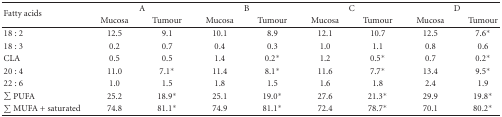
<table><thead><tr><td rowspan="2"><b>Fatty acids</b></td><td colspan="2"><b>A</b></td><td colspan="2"><b>B</b></td><td colspan="2"><b>C</b></td><td colspan="2"><b>D</b></td></tr><tr><td><b>Mucosa</b></td><td><b>Tumour</b></td><td><b>Mucosa</b></td><td><b>Tumour</b></td><td><b>Mucosa</b></td><td><b>Tumour</b></td><td><b>Mucosa</b></td><td><b>Tumour</b></td></tr></thead><tbody><tr><td>18 : 2</td><td>12.5</td><td> 9.1</td><td>10.1</td><td> 8.9</td><td>12.1</td><td> 10.7</td><td>12.5</td><td>7.6*</td></tr><tr><td>18 : 3</td><td> 0.2</td><td>0.7</td><td> 0.4</td><td> 0.3</td><td> 1.0</td><td> 1.1</td><td> 0.8</td><td>0.6</td></tr><tr><td>CLA</td><td> 0.5</td><td>0.5</td><td>1.4</td><td> 0.2*</td><td> 1.2</td><td> 0.5*</td><td> 0.7</td><td> 0.2*</td></tr><tr><td>20 : 4</td><td>11.0</td><td> 7.1*</td><td>11.4</td><td> 8.1*</td><td>11.6</td><td> 7.7*</td><td>13.4</td><td> 9.5*</td></tr><tr><td>22 : 6</td><td> 1.0</td><td> 1.5</td><td> 1.8</td><td> 1.5</td><td> 1.6</td><td> 1.8</td><td>2.4</td><td>1.9</td></tr><tr><td>∑ PUFA</td><td>25.2</td><td>18.9*</td><td>25.1</td><td>19.0*</td><td>27.6</td><td> 21.3*</td><td>29.9</td><td>19.8*</td></tr><tr><td>∑ MUFA + saturated</td><td>74.8</td><td> 81.1*</td><td>74.9</td><td>81.1*</td><td>72.4</td><td> 78.7*</td><td>70.1</td><td>80.2*</td></tr></tbody></table>